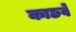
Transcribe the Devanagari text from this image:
काछवे